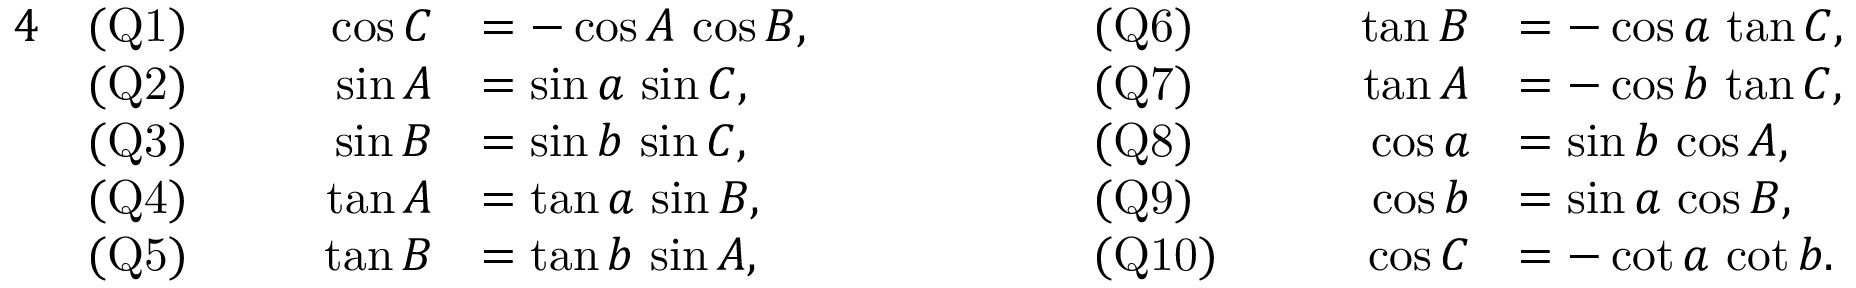
{ \begin{array} { r l r l r l r l } { { 4 } } & { { \mathrm { ( Q 1 ) } } } & { \qquad \cos C } & { = - \cos A \, \cos B , } & { \qquad \qquad } & { { \mathrm { ( Q 6 ) } } } & { \qquad \tan B } & { = - \cos a \, \tan C , } \\ & { { \mathrm { ( Q 2 ) } } } & { \sin A } & { = \sin a \, \sin C , } & & { { \mathrm { ( Q 7 ) } } } & { \tan A } & { = - \cos b \, \tan C , } \\ & { { \mathrm { ( Q 3 ) } } } & { \sin B } & { = \sin b \, \sin C , } & & { { \mathrm { ( Q 8 ) } } } & { \cos a } & { = \sin b \, \cos A , } \\ & { { \mathrm { ( Q 4 ) } } } & { \tan A } & { = \tan a \, \sin B , } & & { { \mathrm { ( Q 9 ) } } } & { \cos b } & { = \sin a \, \cos B , } \\ & { { \mathrm { ( Q 5 ) } } } & { \tan B } & { = \tan b \, \sin A , } & & { { \mathrm { ( Q 1 0 ) } } } & { \cos C } & { = - \cot a \, \cot b . } \end{array} }